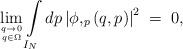
LaTeX: \begin{align*}\displaystyle\mathop{\rm lim}_{q \to 0 \atop q \in \Omega}\int\limits_{I_N} dp \left| \phi,_p \left( q,p\right)\right|^2 \;=\;0 ,\end{align*}